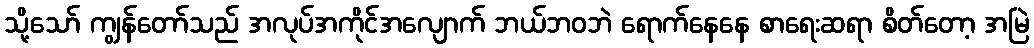
သို့သော် ကျွန်တော်သည် အလုပ်အကိုင်အလျောက် ဘယ်ဘဝဘဲ ရောက်နေနေ စာရေးဆရာ စိတ်တော့ အမြဲ